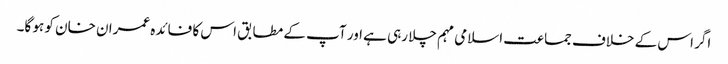
اگر اس کے خلاف جماعت اسلامی مہم چلا رہی ہے اور آپ کے مطابق اس کا فائدہ عمران خان کو ہو گا۔